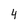
Character: 4